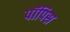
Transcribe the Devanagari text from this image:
पॉपिस